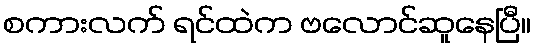
စကားလက် ရင်ထဲက ဗလောင်ဆူနေပြီ။